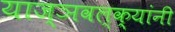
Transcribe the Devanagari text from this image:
याज्ञवल्क्यांनी